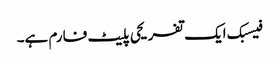
فیسبک ایک تفریحی پلیٹ فارم ہے۔